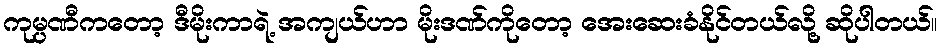
ကုမ္ပဏီကတော့ ဒီမိုးကာရဲ့ အကျယ်ဟာ မိုးဒဏ်ကိုတော့ အေးဆေးခံနိုင်တယ်လို့ ဆိုပါတယ်။